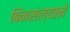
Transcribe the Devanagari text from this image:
बिनसल्याने